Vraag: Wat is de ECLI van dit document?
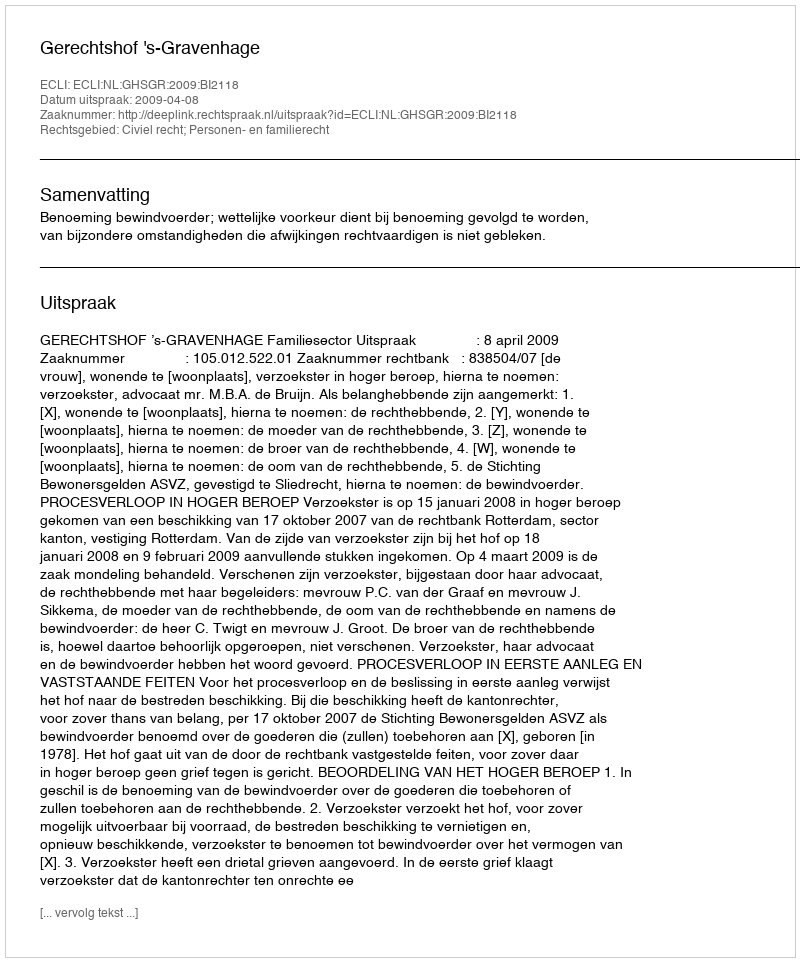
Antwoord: ECLI:NL:GHSGR:2009:BI2118